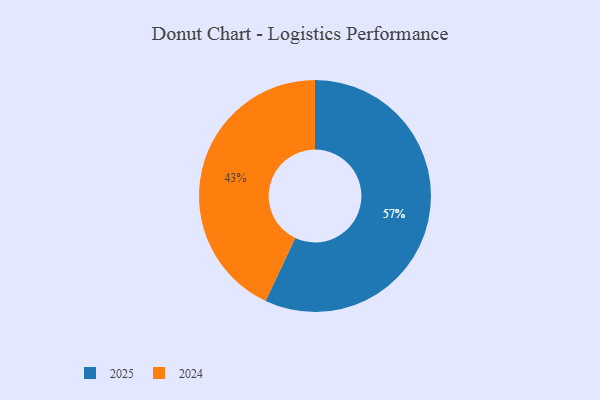
{"axis": {"x": "Category", "y": "Percentage"}, "legend": ["2024", "2025"], "data": [{"x": "2025", "y": 57, "type": "2025"}, {"x": "2024", "y": 43, "type": "2024"}]}